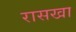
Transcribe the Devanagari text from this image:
रासखा